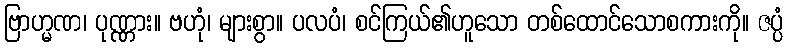
ဗြာဟ္မဏ၊ ပုဏ္ဏား။ ဗဟုံ၊ များစွာ။ ပလပံ၊ စင်ကြယ်၏ဟူသော တစ်ထောင်သောစကားကို။ ဇပ္ပံ